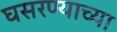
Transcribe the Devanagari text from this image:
घसरण्याच्या